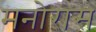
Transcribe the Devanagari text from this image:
मनोरास